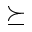
\succeq